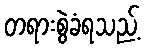
တရားစွဲခံရသည့်